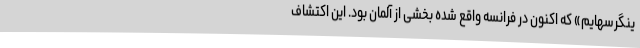
ینگرسهایم» که اکنون در فرانسه واقع شده بخشی از آلمان بود. این اکتشاف